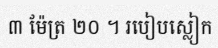
៣ ម៉ែត្រ ២០ ។ របៀបស្លៀក